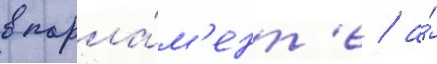
в парла́м'ент'е / а́